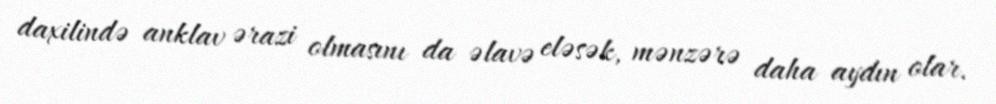
daxilində anklav ərazi olmasını da əlavə eləsək, mənzərə daha aydın olar.